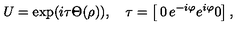
U = \exp ( i \tau \Theta ( \rho ) ) , \quad \tau = \left[ \begin{matrix} { 0 } & { e ^ { - i \varphi } } \\ { e ^ { i \varphi } } & { 0 } \\ \end{matrix} \right] ,